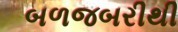
બળજબરીથી